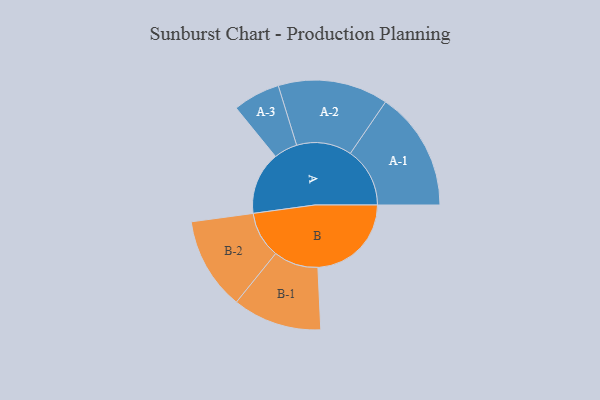
{"axis": {"x": "Segment", "y": "Value"}, "legend": ["", "A", "B"], "data": [{"x": "A", "y": 314, "type": ""}, {"x": "B", "y": 468, "type": ""}, {"x": "A-1", "y": 298, "type": "A"}, {"x": "A-2", "y": 276, "type": "A"}, {"x": "A-3", "y": 118, "type": "A"}, {"x": "B-1", "y": 223, "type": "B"}, {"x": "B-2", "y": 232, "type": "B"}]}